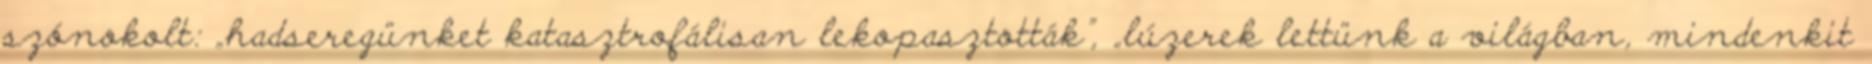
szónokolt: „hadseregünket katasztrofálisan lekopasztották”, „lúzerek lettünk a világban, mindenkit